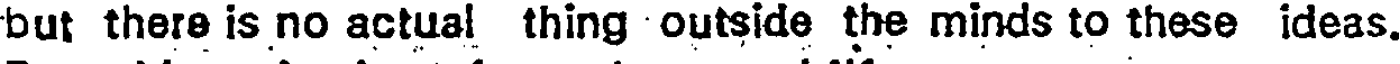
but there is no actual thing outside the minds to these ideas.